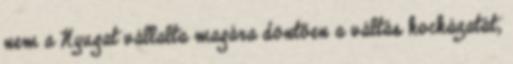
nem a Nyugat vállalta magára döntően a váltás kockázatát,